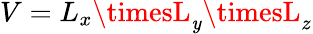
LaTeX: V=L_{x}\timesL_{\mathit{y}}\timesL_{z}